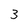
Character: 3